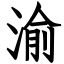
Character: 渝